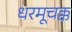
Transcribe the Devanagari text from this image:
धरमूचक्क